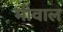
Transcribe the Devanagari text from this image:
मोवाल